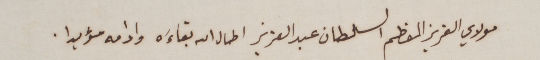
مولاي العزيز المعظم السلطان عبد العزيز اطال الله بقاءَه وادامه مؤبدا.